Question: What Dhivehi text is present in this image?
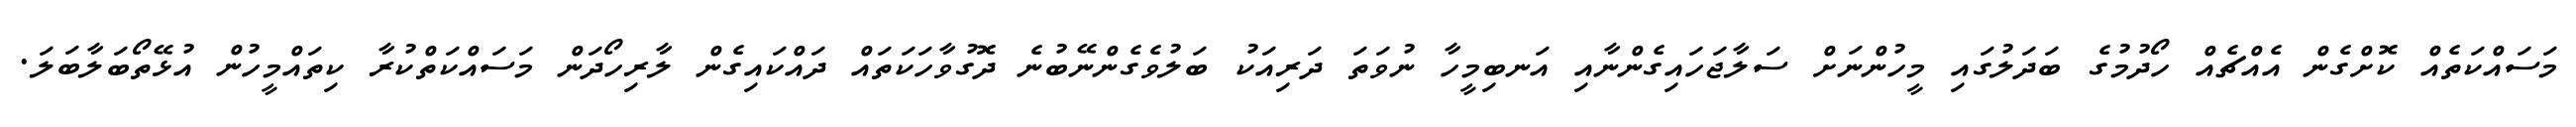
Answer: މަސައްކަތެއް ކޮށްގެން އެއްޗެއް ހޯދުމުގެ ބަދަލުގައި މީހުންނަށް ސަލާޖަހައިގެންނާއި އަނބިމީހާ ނުވަތަ ދަރިއަކު ބަލުވެގެންނޭބުނެ ދޮގުވާހަކަތައް ދައްކައިގެން ލާރިހޯދަން މަސައްކަތްކުރާ ކިތައްމީހުން އުޅޭތޯބަލާބަލަ.